Report on the lunatic asylums under the Government of Bombay - 1904-1913
Year: 1904
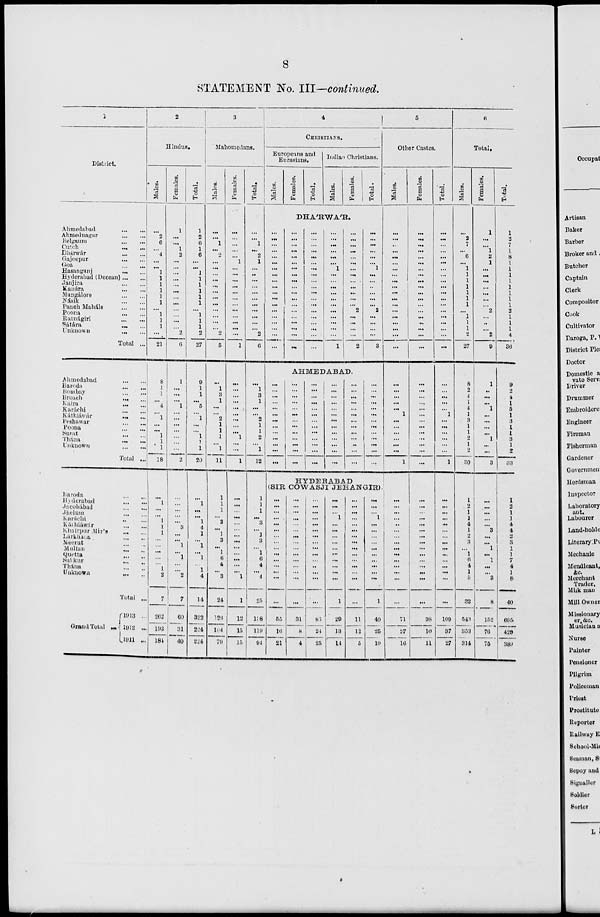
8
STATEMENT No. III—continued.
1
District.
Ahmedabad
...
...
Ahmednagar
...
...
Belgaum
...
...
Cutch
...
...
Dhárwár
...
...
Gajeepur
...
...
Goa
...
...
Hasanganj ... ...
Hyderabad (Deccan) ... ...
Janjira ... ...
Kanara
...
...
Mangalore
...
...
Násik
...
...
Panch Maháls
...
...
Poona
...
...
Ratnágiri
...
...
Sátára
...
...
Unknown
...
...
Total ...
Ahmedabad
...
...
Baroda ... ...
Bombay
...
...
Broach
...
...
Kaira
...
...
Karáchi
...
...
Káthiáwár
...
...
Peshawar
...
...
Poona
...
...
Surat
...
...
Thána
...
...
Unknown
...
...
Total ...
Baroda ... ...
Hyderabad ... ...
Jacobábad
...
..
Jhelum ... ...
Karáchi
...
...
Káthiáwár
...
...
Khairpur Mir's ... ...
Lárkhána
...
...
Meerut ... ...
Multan
...
...
Quetta
...
...
Sukkur ... ...
Thána
...
...
Unknown
...
...
Total ...
Grand Total ...
1913 ...
1912 ...
1911 ...
2
Hindus.
Males.
...
2
6
...
4
...
...
1
1
1
1
1
1
...
1
1
1
...
21
8
1
1
...
4
...
1
...
...
1
1
1
18
...
1
...
...
1
1
1
...
...
...
...
...
1
2
7
262
193
184
Females.
1
...
...
1
2
...
...
...
...
...
...
...
...
...
...
...
...
2
6
1
...
...
...
1
...
...
...
... ...
...
...
2
...
...
...
...
...
3
...
...
1
...
1
...
...
2
7
60
31
40
Total.
1
2
6
1
6
...
...
1
1
1
1
1
1
...
1
1
1
2
27
9
1
1
...
5
...
1
...
...
1
1
1
20
...
1
...
...
1
4
1
...
1
...
1
...
1
4
14
322
224
224
3
Mahomedans.
Males.
...
...
1
...
2
...
...
...
...
...
...
...
...
...
...
...
...
2
5
...
1
3
1
...
...
2
1
1
1
...
1
11
1
1
1
...
3
...
1
3
...
1
6
4
...
3
24
126
104
79
Females.
...
...
...
...
...
1
...
...
...
...
...
...
...
...
...
...
...
...
1
...
...
...
...
...
...
...
...
...
1
...
...
1
...
...
...
...
...
...
...
...
...
...
...
...
...
1
1
12
15
15
Total.
...
...
1
...
2
1
...
...
...
...
...
...
...
...
...
...
...
2
6
...
1
3
1
...
...
2
1
1
2
...
1
12
1
1
1
...
3
...
1
3
...
1
6
4
...
4
25
138
119
94
4
CHRISTIANS.
Europeans and
Eurasians.
Males.
Females.
Total.
Indian Christians.
Males.
Females.
Total.
DHA'RWA'R.
...
...
...
...
...
...
...
...
...
...
...
... ...
...
...
...
...
...
...
...
...
...
...
...
...
...
...
...
...
...
...
...
...
...
...
...
...
...
...
...
...
...
...
...
...
...
...
...
...
...
...
...
...
...
...
...
...
...
...
...
...
...
...
1
...
...
...
...
...
...
...
...
...
...
...
1
...
...
...
...
...
...
...
...
...
...
...
...
...
2
...
...
...
...
2
...
...
...
...
...
...
1
...
...
...
...
...
...
2
...
...
...
...
3
AHMEDABAD.
...
...
...
...
...
...
...
...
...
...
...
...
...
...
...
...
...
...
...
...
...
... ...
...
...
...
...
...
...
...
...
...
...
...
...
...
...
...
...
...
...
...
...
...
...
...
...
...
...
...
...
...
...
...
...
...
...
...
...
...
...
...
...
...
...
...
...
...
...
...
...
...
...
... ...
...
...
...
HYDERABAD
(SIR COWASJI JEHANGIR).
...
...
...
...
...
...
...
...
...
...
...
...
...
...
...
55
16
21
...
...
...
...
...
...
...
...
...
...
...
...
...
...
...
31
8
4
...
...
...
...
...
...
...
...
...
...
...
...
...
...
...
86
24
25
...
...
...
1
...
...
...
...
...
...
...
...
...
...
1
29
13
14
...
...
...
...
...
...
..
...
...
...
...
...
...
...
...
11
12
5
...
...
...
1
...
...
...
...
...
...
...
...
...
...
1
40
25
19
5
Other Castes.
Males.
...
...
...
...
...
...
...
...
...
...
...
... ...
...
...
...
...
...
...
...
...
...
...
...
...
1
...
...
...
...
...
1
...
...
...
...
...
...
...
...
...
...
...
...
...
...
...
71
27
16
Females.
...
...
...
...
...
...
...
...
...
...
...
... ...
...
...
...
...
...
...
...
...
...
...
...
...
...
...
...
...
...
...
...
...
...
...
...
...
...
...
...
...
...
...
...
...
...
...
38
10
11
Total.
...
...
...
...
...
...
...
...
...
...
...
... ...
...
...
...
...
...
...
...
...
...
...
...
...
1
...
...
...
...
...
1
...
...
...
...
...
...
...
...
...
...
...
...
...
...
...
109
37
27
6
Total.
Males.
...
2
7
...
6
...
1
1
1
1
1
1
1
...
1
1
1
2
27
8
2
4
1
4
1
3
1
1 2
1
2
30
1
2
1
1
4
1
2
3
...
1
6
4
1
5
32
543
353
314
Females.
1
...
...
1
2
1
...
...
...
...
...
...
...
2
...
...
...
2
9
1
...
...
...
1
...
...
...
...
1
...
...
3
...
...
...
...
...
3
...
...
1
...
1
...
...
3
8
152
76
75
Total.
1
2
7
1
8
1
1
1
1
1
1
1
1
2
1
1
1
4
36
9
2
4
1
5
1
3
1
1
3
1
2
33
1
2
1
1
4
4
2
3
1
1
7
4
1
8
40
696
429
389